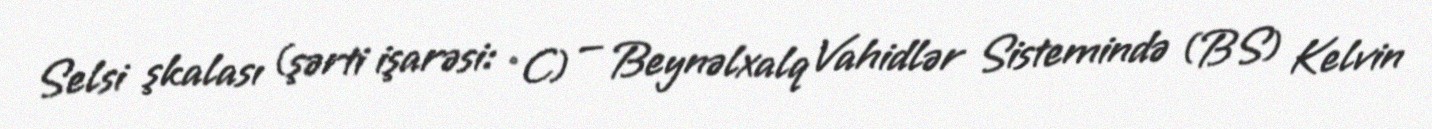
Selsi şkalası (şərti işarəsi: °C) — Beynəlxalq Vahidlər Sistemində (BS) Kelvin